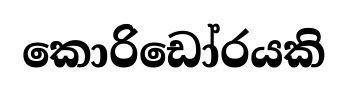
කොරිඩෝරයකි